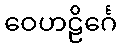
ဝေဟဠိင်္ဂေ